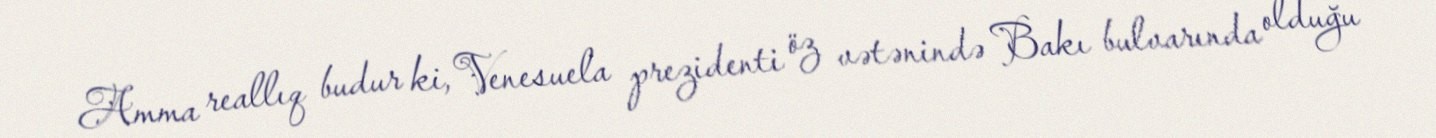
Amma reallıq budur ki, Venesuela prezidenti öz vətənində Bakı bulvarında olduğu